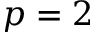
p = 2